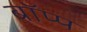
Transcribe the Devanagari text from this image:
बॉप्प